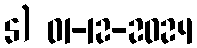
5) 01-12-2024